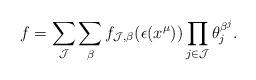
LaTeX: \begin{align*}f=\sum_{\mathcal{J}} \sum_{\beta} f_{\mathcal{J},\beta}(\epsilon(x^{\mu})) \prod_{j \in \mathcal{J}} \theta_j^{\beta^j}.\end{align*}